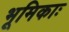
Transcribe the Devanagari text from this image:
भूमिकाः